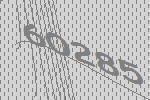
60285